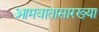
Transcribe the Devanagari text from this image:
आमवातासारख्या